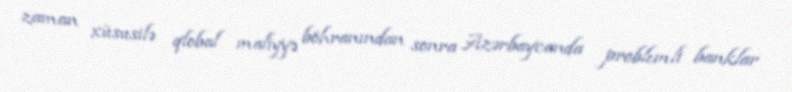
zaman xüsusilə qlobal maliyyə böhranından sonra Azərbaycanda problemli banklar